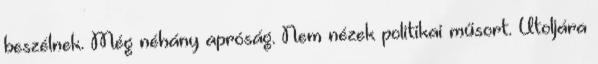
beszélnek. Még néhány apróság. Nem nézek politikai műsort. Utoljára